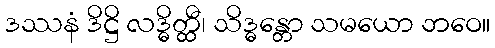
ဒဿနံ ဒိဋ္ဌိ လဒ္ဓိတ္ထီ၊ သိဒ္ဓန္တော သမယော ဘဝေ။